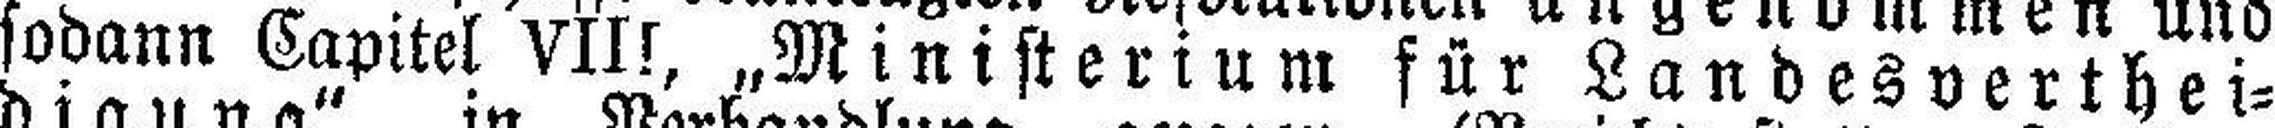
sodann Capitel VII!, „Ministerium für Landesverthei¬